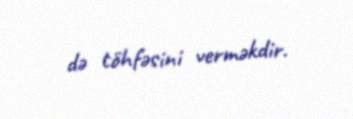
də töhfəsini verməkdir.